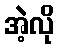
အဲ့လို